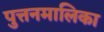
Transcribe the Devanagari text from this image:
पुत्तनमालिका